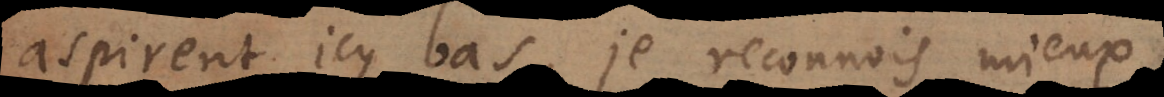
aspirent icy bas, je reconnois mieux